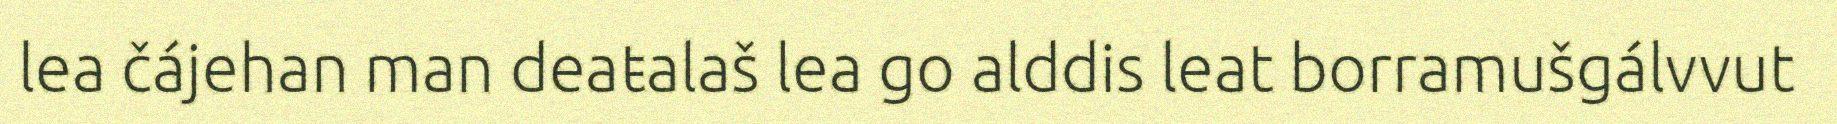
lea čájehan man deaŧalaš lea go alddis leat borramušgálvvut